Leaving Certificate Examination, 1902
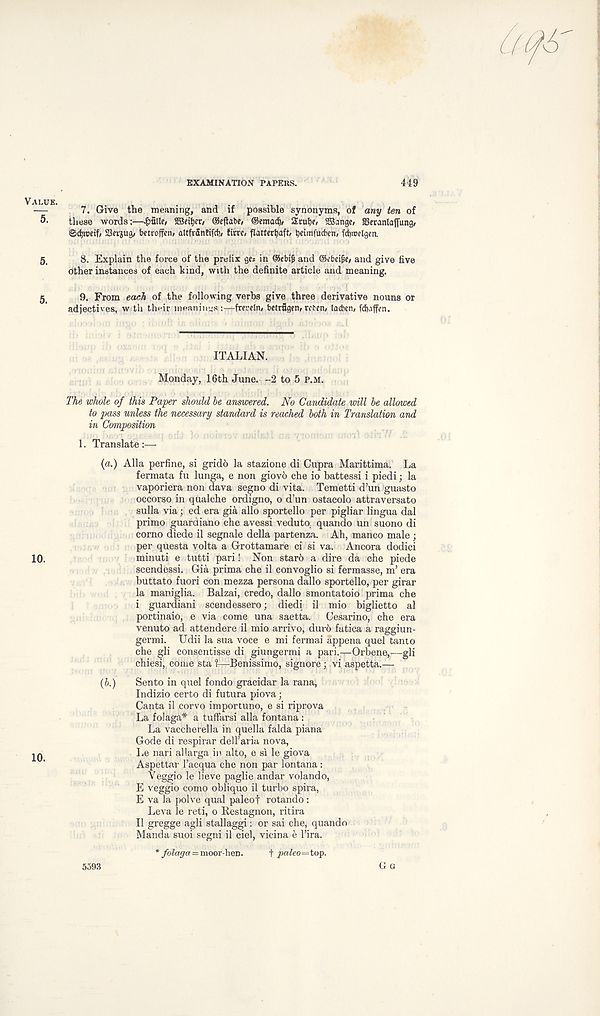
EXAMINATION PAPERS.
449
—
7. Give the meaning, and if possible synonyms, of any ten of
5. these words;—£5lle, SSeitjer, ©efiabe, ©emacf), 2rul)c, SSange, SSeranlafTung/
©djicetf, SSevjug, betroffcn, altfrSnfifdi, tirrc, flatter^aft, t)«hnfudien, fd)irelgcn.
5,
8. Explain the force of the prefix gei in ©fbtf and ©cbei^e/ and give five
other instances of each kind, with the definite article and meaning.
5
9. From each of the following verbs give three derivative nouns or
adjectives, w tli their meanings;—freretn, bctrngen, rofcti/ lacben, fcbaffon.
ITALIAN.
Monday, 16th June. -2 to 5 p.m.
The whole of this Paper should he answered. No Candidate will he allowed
to pass unless the necessary standard is reached both in Translation and
in Composition
1. Translate :—
{a.) Alla perfine, si gridb la stazione di Cupra Marittima. La
fermata fu lunga, e non giovb che io battessi i piedi; la
vaporiera non dava segno di vita. Temetti d’un guasto
occorso in qualche ordigno, o d’un ostacolo attraversato
sulla via; ed era gia alio sportello per pigliar lingua dal
primo guardiano che avessi veduto.. quando un suono di
corno diede il segnale della partenza. Ah, manco male ;
per questa volta a Grottamare ci si va. Ancora dodici
minuti e tutti pari! Non starb a dire da che piede
scendessi. Gia prima che il convoglio si fermasse, m’ era
buttato fuori con mezza persona dallo sportello, per girar
la maniglia. Balzai, credo, dallo smontatoio prima che
i guardiani scendessero; diedi il mio biglietto al
portinaio, e via come una saetta. Cesarino, che era
venuto ad attendere il mio arrive, duv6 fatica a raggiun-
germi. Udii la sua voce e mi fermai appena quel tanto
che gli consentisse di giungermi a pari.—Orbene,—gli
chiesi, come sta 1—Benissimo, signore; vi aspetta.—
(b.) Sento in quel fondo gracidar la rana,
Indizio certo di futura piova;
Canta il corvo importuno, e si riprova
La folaga* a tufFarsi alia f on tana :
La vaccherella in quella falda piana
Gode di respirar dell’aria nova,
Le nari allarga in alto, e si le giova
Aspettar 1’acqua che non par lontana :
Veggio le lieve paglie andar volando,
E veggio como oblique il turbo spira,
E va la polve qual paleof rotando:
Leva le reti, o Restagnon, ritira
Il gregge agli stallaggi: or sai che, quando
Manda suoi segni il ciel, vicina e 1’ira.
* folaga = moor hen. t paleo=to^.
5593